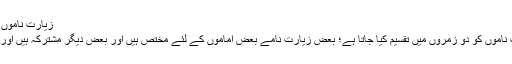
زیارت ناموں کے مضامین و مندرجات | welayatnet.com
معصومین کی طرف سے وارد ہونے والے زیارت ناموں کو دو زمروں میں تقسیم کیا جاتا ہے؛ بعض زیارت نامے بعض اماموں کے لئے مختص ہیں اور بعض دیگر مشترکہ ہیں اور انہیں پڑھ کر ہر امام کی زیارت کی جاسکتی ہے۔